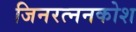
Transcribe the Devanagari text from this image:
जिनरत्ननकोश